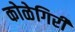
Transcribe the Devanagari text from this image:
कोळेगिरी